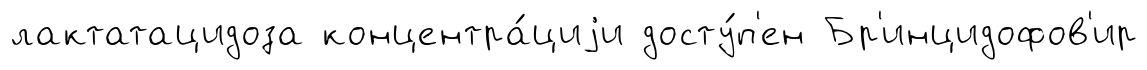
лактатацидоза концентра́циjи досту́п'ен Бр'инцидофов'ир